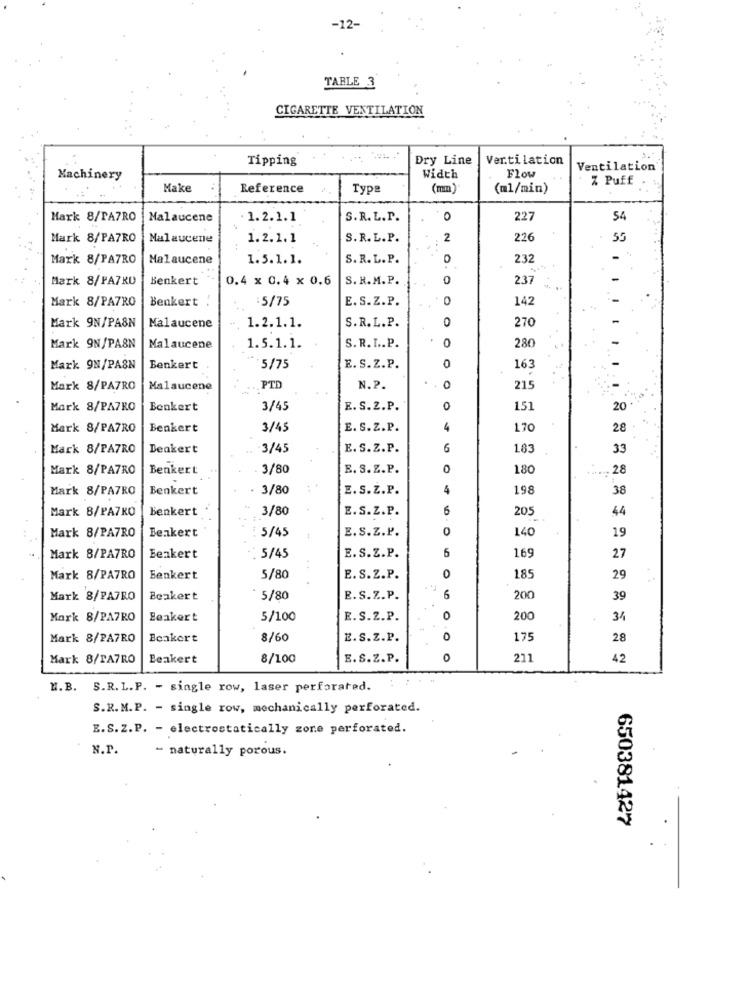
12-
TABLE 3
CIGARETTE VENTILATION
Tipping
Dry Line
Ventilation
Flow
Ventilation
Machinery
Width
Z Puff
Make
Reference
Type
(mm)
(ml/min)
Mark 8/PA7RO
Malaucene
1.2.1.1
S.R.L.P.
0
227
54
Mark 8/PATRO
Malaucene
1.2.1.1
S.R. L. P.
2
226
55
Mark 8/PATRO
Malaucene
1.5.1.1.
S. R. L. P.
232
Mark 8/PAZRU
Benkert
0.4 x 0.4 x 0.6
S. R.M. P.
0
237
Mark 8/PATRO
Benkert
:5/75
E. S.Z.P.
0
142
Mark 9N/PASN
S.R. L. P.
0
270
Malaucene
1.2.1.1.
0
Mark 9N/PA&N
Malaucene
1.5.1.1.
S. R. I .. P.
280
0
Mark 9N/PASN
Benkert
:5/75
E. S.Z.P.
163
-
Mark 8/PATRO
Malaucene
.. PTD
N.P.
0
215
Mark 8/PATRO
Benkert
3/45
E. S. Z.P.
0
151
20
Mark 8/PATRO
Benkert
3/45
E. S. Z.P.
4
170
28
Mark 8/PA7RO
Deakert
3/45
E. S.Z.P.
6
183
33
Mark 8/PATRO
Benkert
3/80
E. S.Z.P.
0
180
.28
Mark 8/PATRO
Benkert
3/80
E. S.Z.P.
4
198
38
Mark B/PA7KO
benkert
3/80
E.S.Z. P.
205
44
Mark 8/PA7RO
5/45
E.S.Z.P.
140
19
Benkert
5
Mark 8/PATRO
Benkert
: 5/45
E. S. Z.P.
169
27
0
Mark 8/PATRO
Benkert
5/80
E. S.Z.P.
185
29
Mark 8/PATRO
Beakert
5/80
E.S.Z.P.
6
200
39
Mark 8/PA7RO
Beaker t
5/100
E. S.Z.P.
0
200
34
Mark 8/PATRO
Beakert
8/60
E.S.Z.P.
0
175
28
Mark 8/PATRO
Beakert
8/100
E.S.Z.P.
0
211
42
H.B. S.R. L.P. - single row, laser perforated.
S.R.M.P. - single row, mechanically perforated.
E.S. Z.P. - electrostatically zone perforated.
N.P.
- naturally porous.
650381427
.